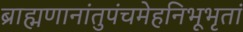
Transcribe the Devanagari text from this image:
ब्राह्मणानांतुपंचमेहनिभूभृतां